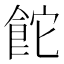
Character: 𮨻